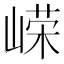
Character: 嵘